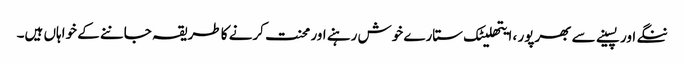
ننگے اور پسینے سے بھرپور ، ایتھلیٹک ستارے خوش رہنے اور محنت کرنے کا طریقہ جاننے کے خواہاں ہیں۔